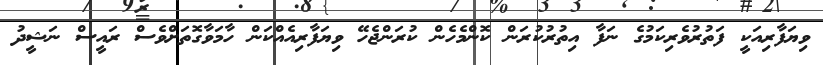
ވިޔަފާރިއަކީ ފަތުރުވެރިކަމުގެ ނަފާ އިތުރުކުރަން ކޮންމެހެން ކުރަންޖެހޭ ވިޔަފާރިއެއްކަން ހާމަވާގޮތަށްވެސް ރައީސް ނަޝީދު